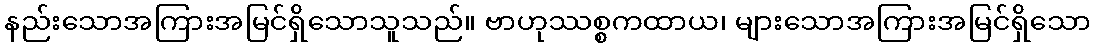
နည်းသောအကြားအမြင်ရှိသောသူသည်။ ဗာဟုဿစ္စကထာယ၊ များသောအကြားအမြင်ရှိသော